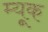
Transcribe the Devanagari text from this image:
म्यूक